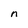
Character: n